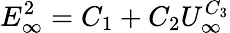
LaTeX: E_{\infty}^{2}=C_{1}+C_{2}U_{\infty}^{C_{3}}